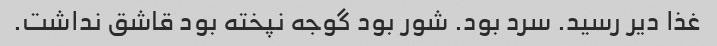
غذا دیر رسید. سرد بود. شور بود گوجه نپخته بود قاشق نداشت.